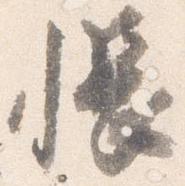
帳